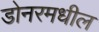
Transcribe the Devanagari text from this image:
डोनरमधील